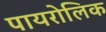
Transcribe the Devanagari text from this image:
पायरोलिक